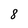
Character: 8